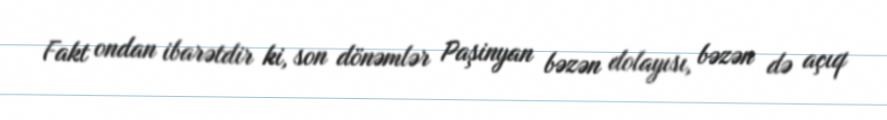
Fakt ondan ibarətdir ki, son dönəmlər Paşinyan bəzən dolayısı, bəzən də açıq